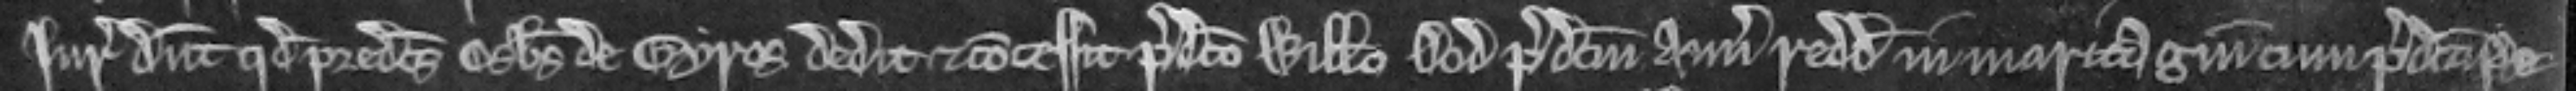
Juratores dicunt quod predictus Osbertus de Gyros dedit et concessit predicto Willelmo   Dod predictum annuum redditum in maritagium cum predicta Pe